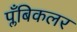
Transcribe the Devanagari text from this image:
प्लँबिकलर